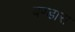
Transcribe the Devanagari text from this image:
बण्डारा